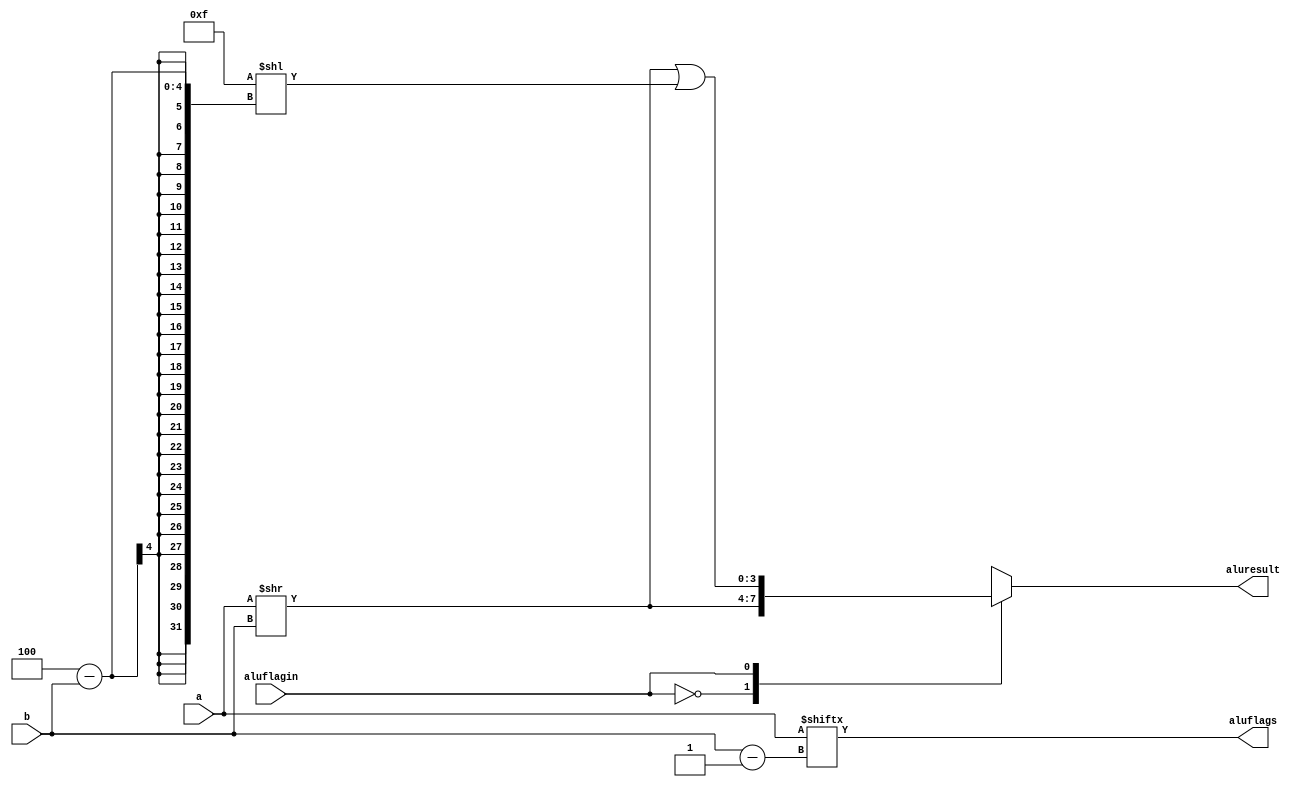
module RShift #(parameter ancho=4)(
    input [ancho-1:0]a, b, 
    input aluflagin,
    output reg [ancho-1:0]aluresult, 
    output reg aluflags
    );
    
    
    wire [ancho-1:0]ones;
    
    assign ones={(ancho){1'b1}};
    
    always @(*) begin
        case(aluflagin)
            1'b0: 
                begin
                    aluflags = a[b-1];
                    aluresult = (a >> b);
                end
            1'b1: 
                begin
                    aluflags = a[b-1];
                    aluresult = (a >> b)|(ones << (ancho-b));
                end      
        endcase
    end
endmodule